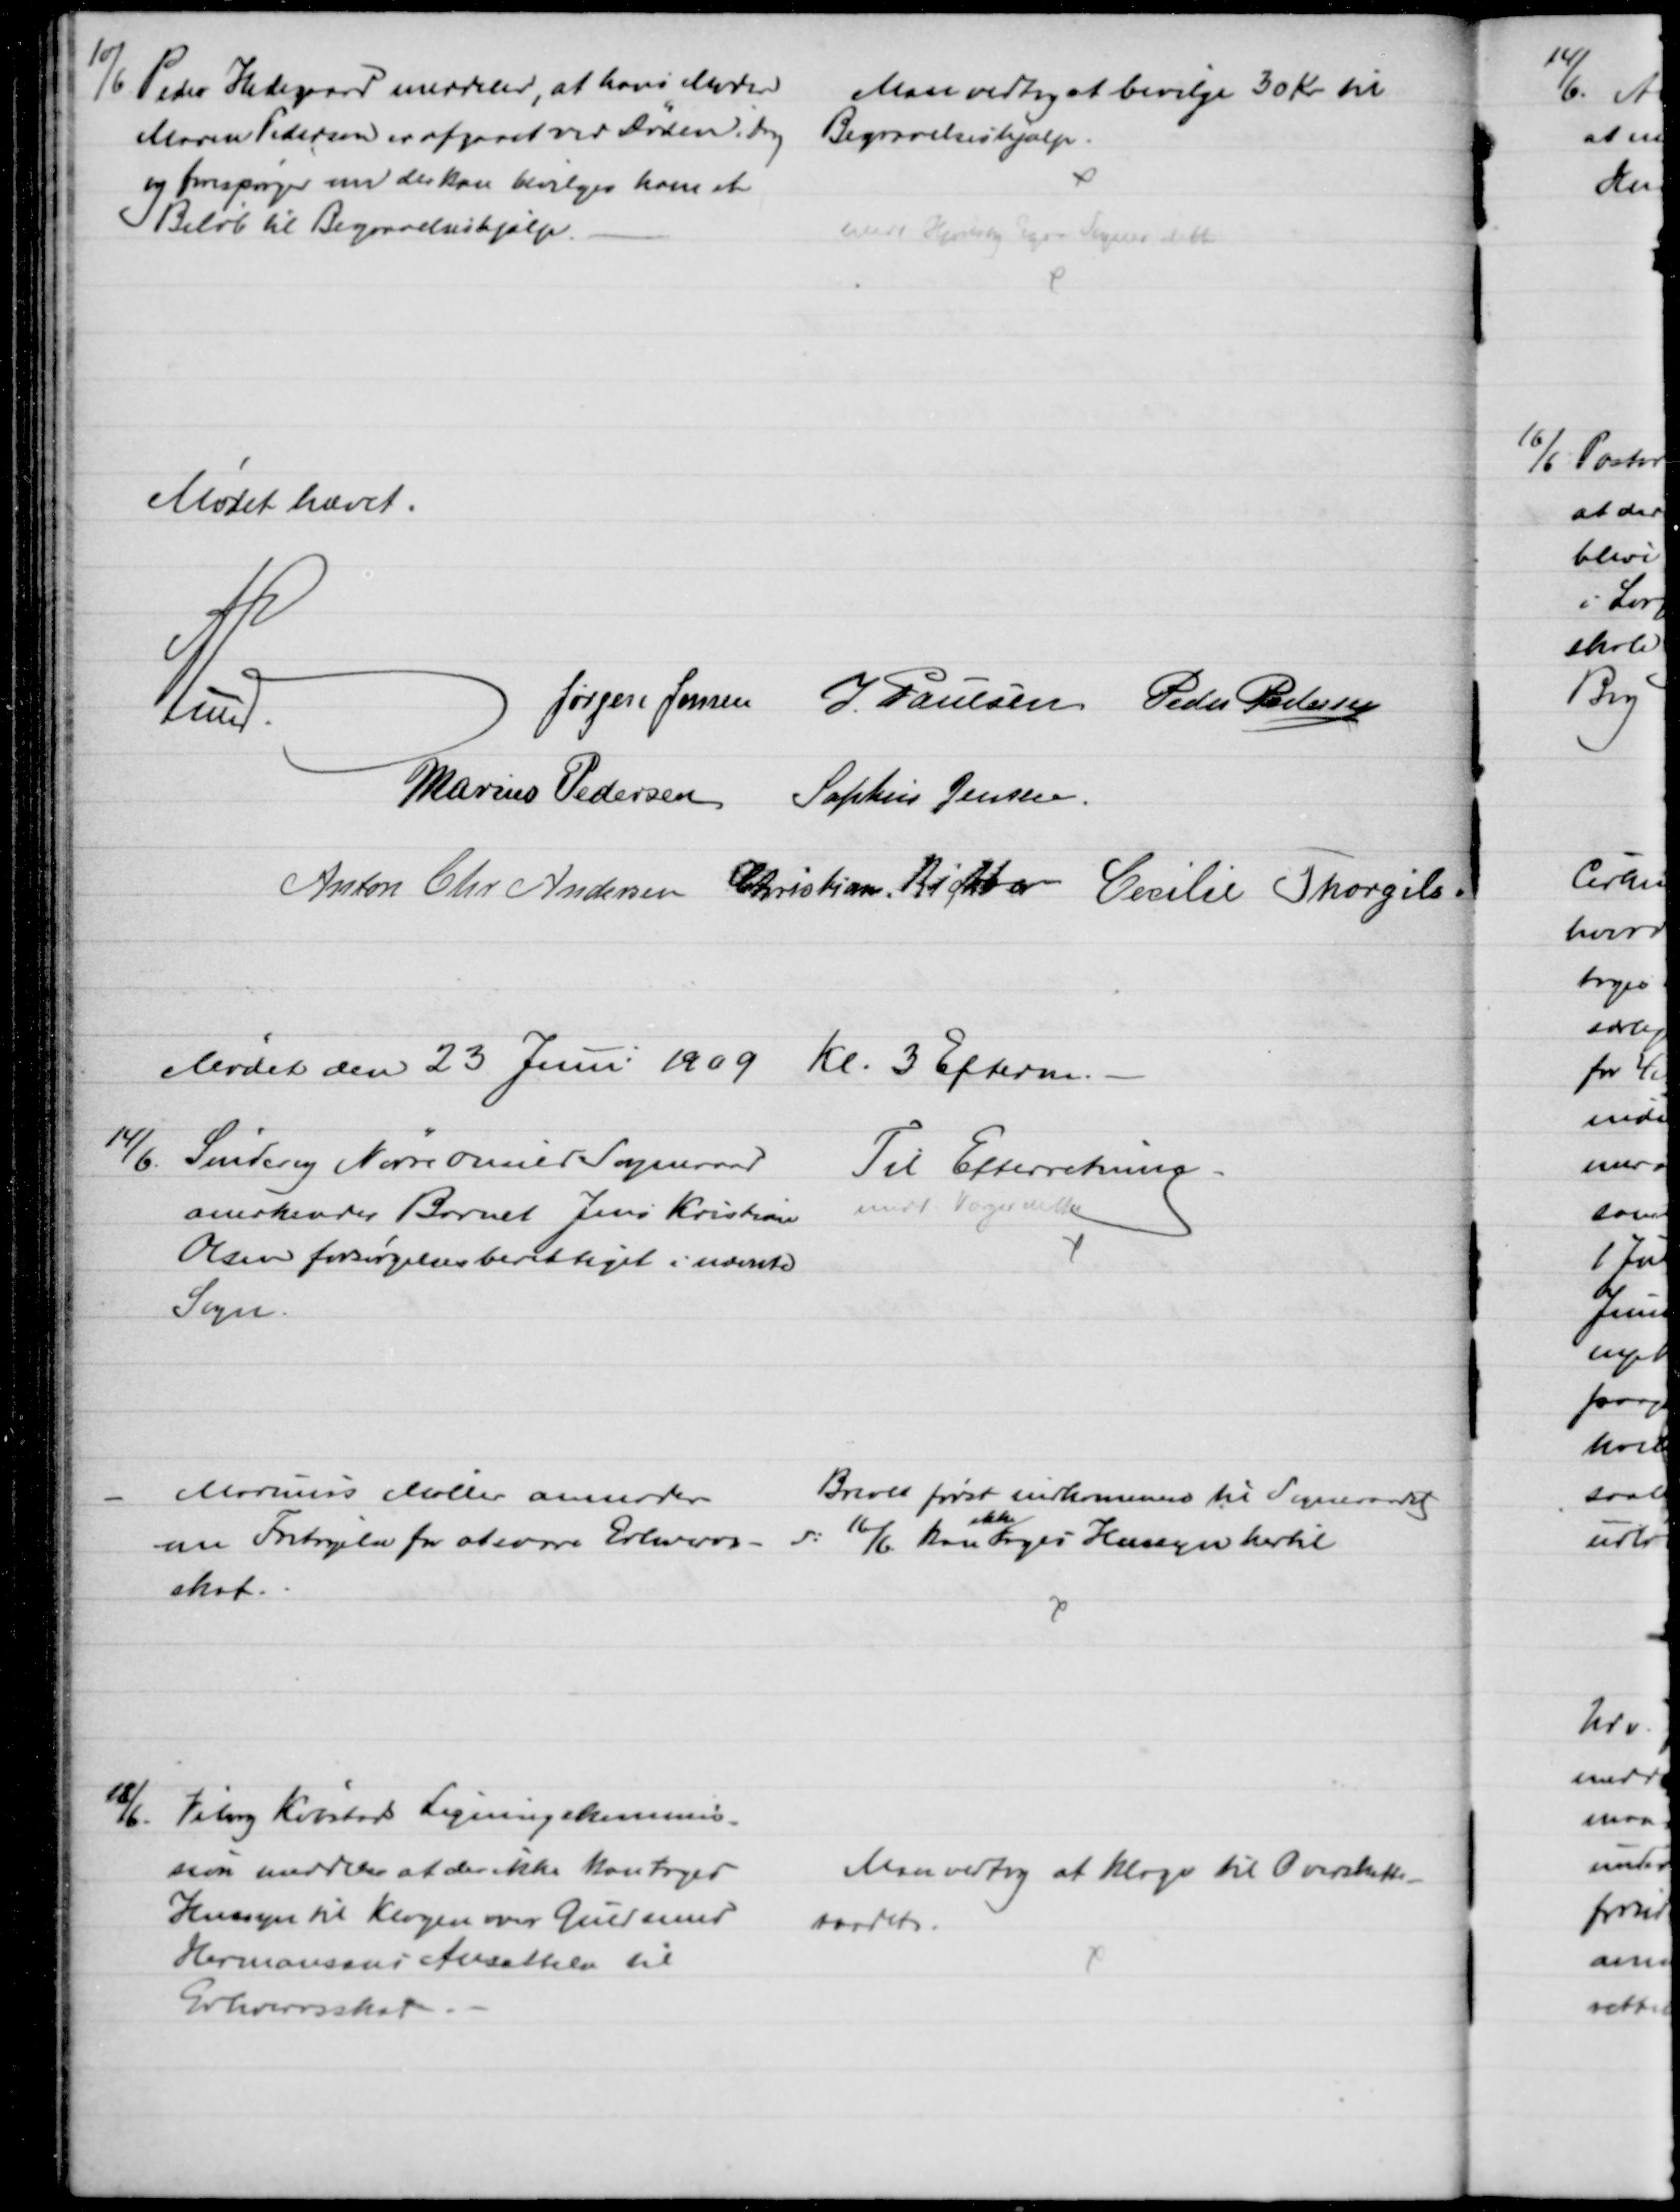
Transskription:
10/6 Peder Hedegaard meddeler, at hans Moder
Maren Pedersen er afgaaet ved Døden i Dag
og forespørger om der kan bevilges ham et
Beløb til Begravelseshjælp.
Man vedtog at bevilge 30 Kr til
Begravelseshjælp.
Medd Hjortshøj Egaa Sogner dette
Mødet hævet.
A Lund.
Jørgen Jensen J. Poulsen Peder Pedersen
Marius Pedersen Sophus Jensen
Anton Chr Andersen Christian Richter Cecilie Thorgils.
Mødet den 23 Juni 1909 Kl. 3 Efterm.
14/6. Sønder Nørre Onsild Sogneraad
anerkender Barnet Jens Kristian
Olsen forsørgelsesberettiget i nævnte
Sogn.
Til Efterretning.
medd Værge dette
Marius Møller anmoder
om Fortryelse for at svare Erhvervs
skat.
Brevet først indkommen til Sogneraadet
d: 16/6 kan
ikke
tages Hensyn hertil 
18/6 Viborg Købstads Ligningskommis-
sion meddeler at der ikke kan tages
Hensyn til Klagen over Guldsmed
Hermansens Ansættelse til
Erhvervsskat.
Man vedtog at klage til Overskatte-
raadet.